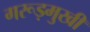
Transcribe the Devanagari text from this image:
गरूड़मुखी